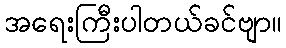
အရေးကြီးပါတယ်ခင်ဗျာ။